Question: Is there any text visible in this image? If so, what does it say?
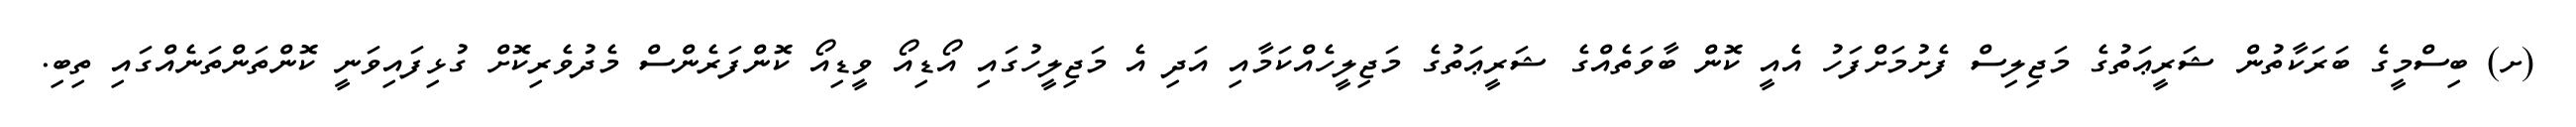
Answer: (ށ) ބިސްމީގެ ބަރަކާތުން ޝަރީޢަތުގެ މަޖިލިސް ފެށުމަށްފަހު އެއީ ކޮން ބާވަތެއްގެ ޝަރީޢަތުގެ މަޖިލީހެއްކަމާއި އަދި އެ މަޖިލީހުގައި އޯޑިއޯ ވީޑިއޯ ކޮންފަރެންސް މެދުވެރިކޮށް ގުޅިފައިވަނީ ކޮންތަންތަނެއްގައި ތިބި.